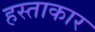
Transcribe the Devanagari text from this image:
हस्ताकार